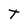
Character: T